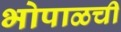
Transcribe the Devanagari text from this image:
भोपाळची